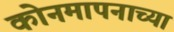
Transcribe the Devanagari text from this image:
कोनमापनाच्या